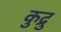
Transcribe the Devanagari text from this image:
कुद्रु